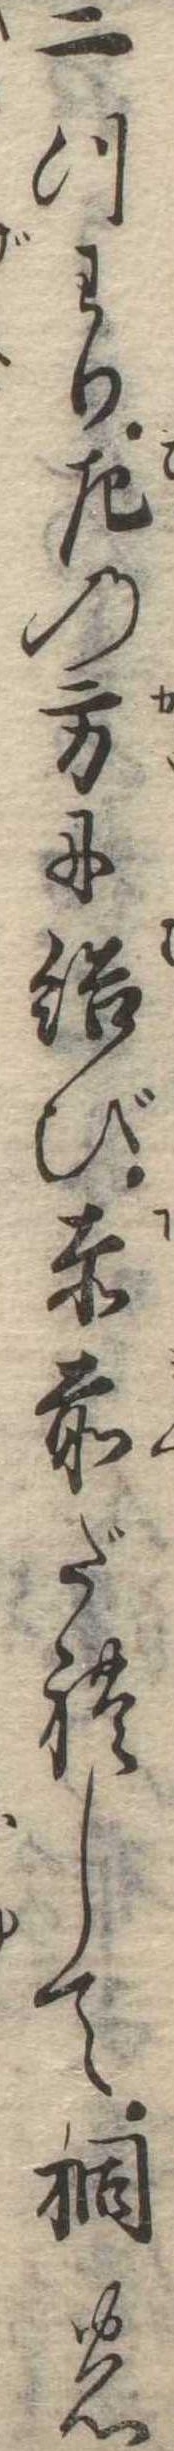
二つわり左の方に結び赤前だれして桐の